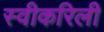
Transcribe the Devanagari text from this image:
स्वीकरिली